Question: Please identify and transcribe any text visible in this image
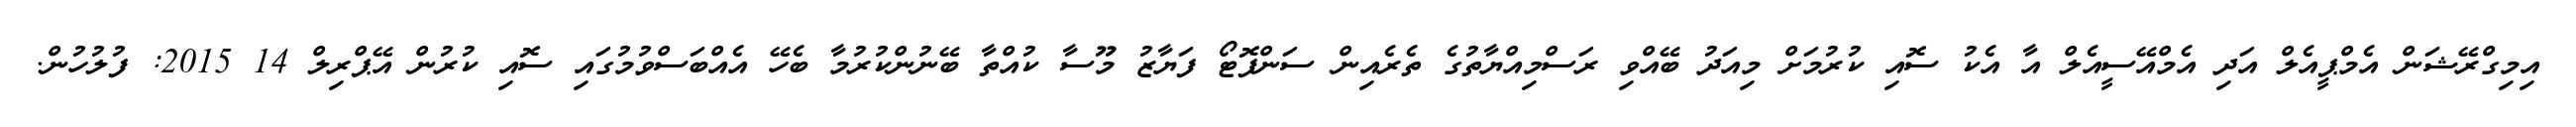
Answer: އިމިގްރޭޝަން އެމްޕީއެލް އަދި އެމްއޭސީއެލް އާ އެކު ސޮއި ކުރުމަށް މިއަދު ބޭއްވި ރަސްމިއްޔާތުގެ ތެރެއިން ސަންފޮޓޯ ފަޔާޒު މޫސާ ކުއްތާ ބޭނުންކުރުމާ ބެހޭ އެއްބަސްވުމުގައި ސޮއި ކުރުން އޭޕްރިލް 14 2015: ފުލުހުން.